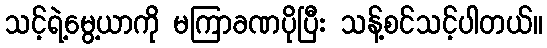
သင့်ရဲ့မွေ့ယာကို မကြာခဏပိုပြီး သန့်စင်သင့်ပါတယ်။